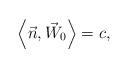
LaTeX: \begin{align*} \left\langle \vec{n} ,\vec{W}_{0} \right\rangle =c, \end{align*}